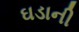
ઘડાની